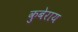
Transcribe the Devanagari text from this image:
कुबेराय